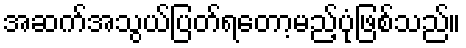
အဆက်အသွယ်ပြတ်ရတော့မည့်ပုံဖြစ်သည်။